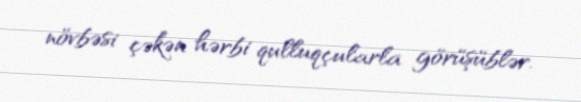
növbəsi çəkən hərbi qulluqçularla görüşüblər.